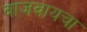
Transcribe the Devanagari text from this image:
वाजवायचा